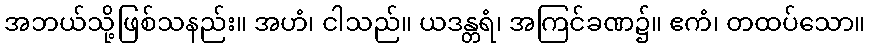
အဘယ်သို့ဖြစ်သနည်း။ အဟံ၊ ငါသည်။ ယဒန္တရံ၊ အကြင်ခဏ၌။ ဧကံ၊ တထပ်သော။